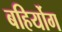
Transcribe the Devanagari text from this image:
बहिर्योग